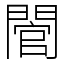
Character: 䦡